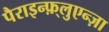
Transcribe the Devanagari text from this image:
पैराइन्फ़्लुएन्ज़ा